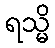
ရသ္မိ